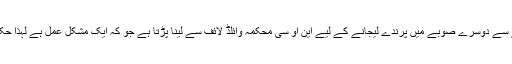
انہوں نے شکوہ کرتے ہوئے کہا کہ ایک صوبے سے دوسرے صوبے میں پرندے لیجانے کے لیے این او سی محکمہ وائلڈ لائف سے لینا پڑتا ہے جو کہ ایک مشکل عمل ہے لہذا حکومت کو چاہیئے کہ ایسے قوانین کا خاتمہ کرے۔